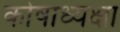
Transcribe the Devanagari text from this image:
कोषाध्यक्षा